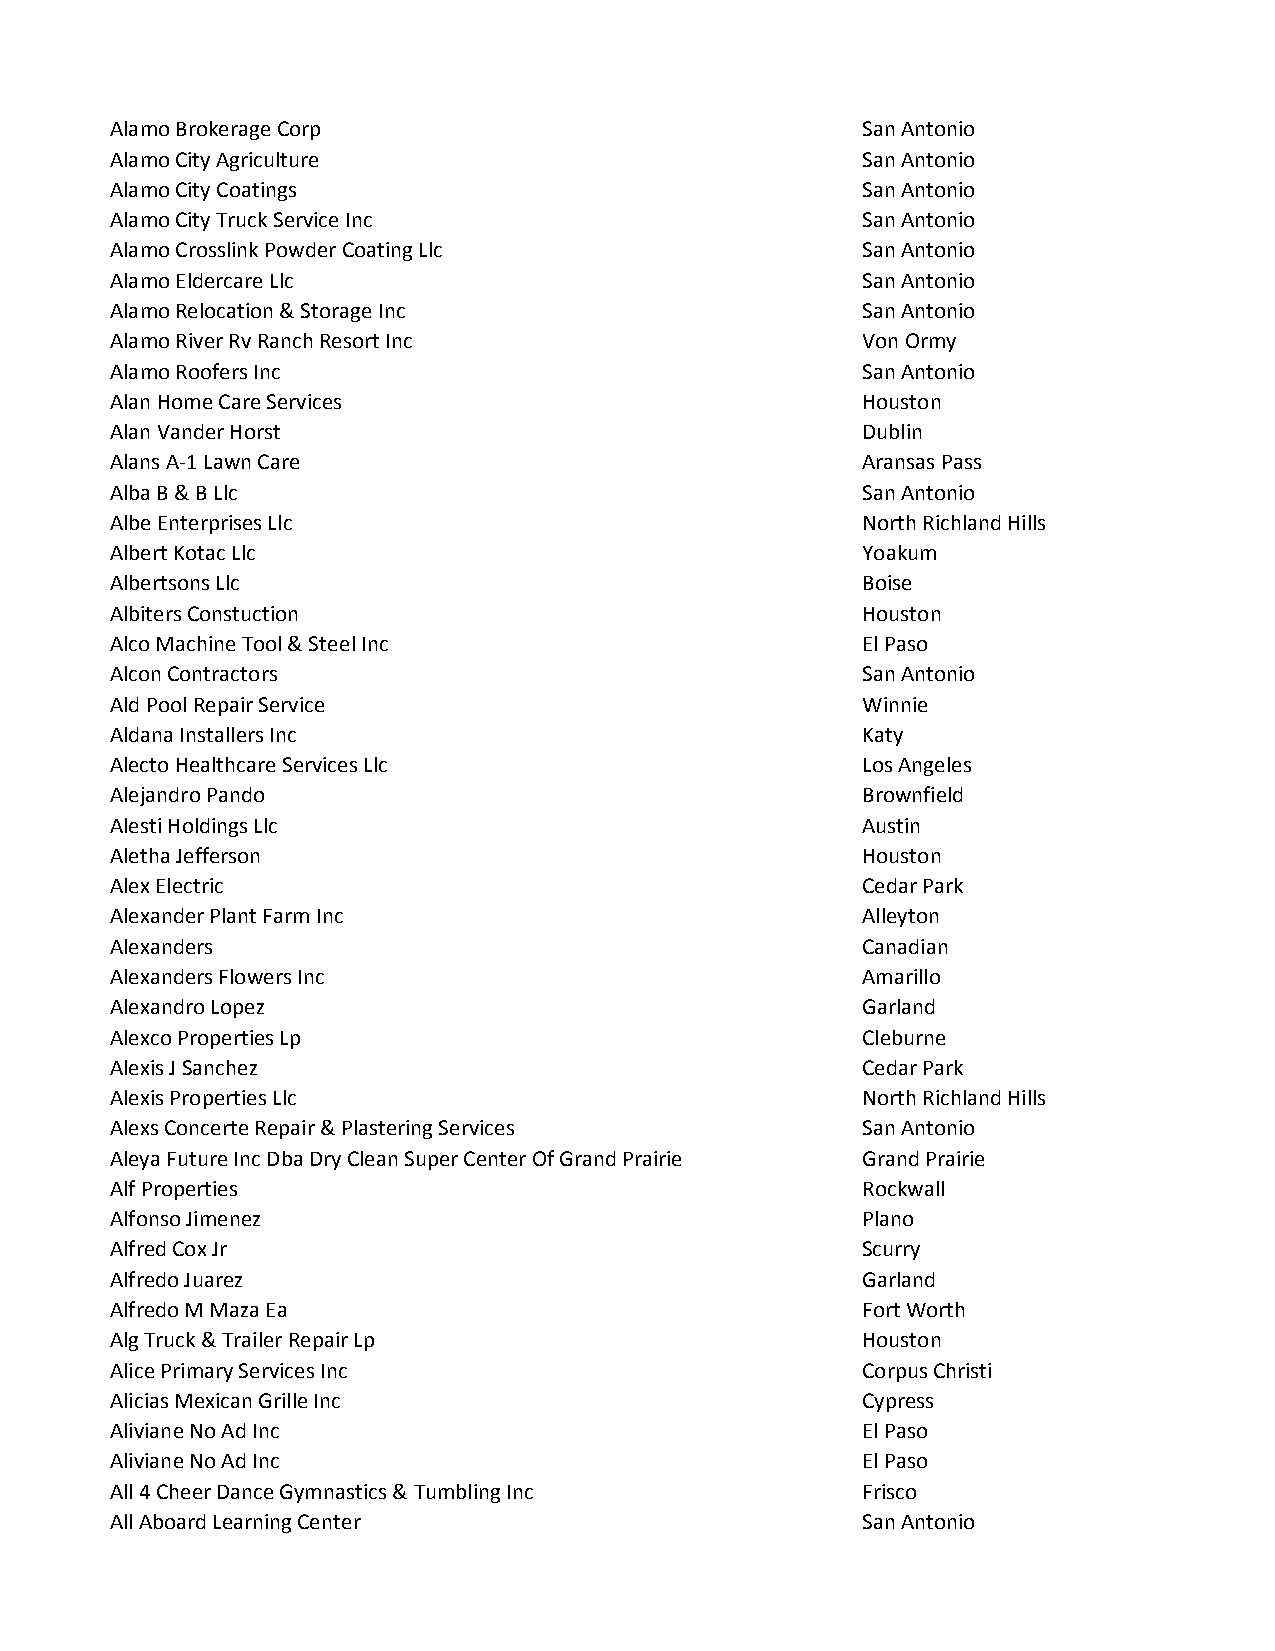
Alamo Brokerage Corp                              San Antonio
 Alamo City Agriculture                            San Antonio
 Alamo City Coatings                               San Antonio
 Alamo City Truck Service Inc                      San Antonio
 Alamo Crosslink Powder Coating Llc                San Antonio
 Alamo Eldercare Llc                               San Antonio
 Alamo Relocation & Storage Inc                    San Antonio
 Alamo River Rv Ranch Resort Inc                   Von Ormy
 Alamo Roofers Inc                                 San Antonio
 Alan Home Care Services                           Houston
 Alan Vander Horst                                 Dublin
 Alans A-1 Lawn Care                               Aransas Pass
 Alba B & B Llc                                    San Antonio
 Albe Enterprises Llc                              North Richland Hills
 Albert Kotac Llc                                  Yoakum
 Albertsons Llc                                    Boise
 Albiters Constuction                              Houston
 Alco Machine Tool & Steel Inc                     El Paso
 Alcon Contractors                                 San Antonio
 Ald Pool Repair Service                           Winnie
 Aldana Installers Inc                             Katy
 Alecto Healthcare Services Llc                    Los Angeles
 Alejandro Pando                                   Brownfield
 Alesti Holdings Llc                               Austin
 Aletha Jefferson                                  Houston
 Alex Electric                                     Cedar Park
 Alexander Plant Farm Inc                          Alleyton
 Alexanders                                        Canadian
 Alexanders Flowers Inc                            Amarillo
 Alexandro Lopez                                   Garland
 Alexco Properties Lp                              Cleburne
 Alexis J Sanchez                                  Cedar Park
 Alexis Properties Llc                             North Richland Hills
 Alexs Concerte Repair & Plastering Services       San Antonio
 Aleya Future Inc Dba Dry Clean Super Center Of Grand Prairie Grand Prairie
 Alf Properties                                    Rockwall
 Alfonso Jimenez                                   Plano
 Alfred Cox Jr                                     Scurry
 Alfredo Juarez                                    Garland
 Alfredo M Maza Ea                                 Fort Worth
 Alg Truck & Trailer Repair Lp                     Houston
 Alice Primary Services Inc                        Corpus Christi
 Alicias Mexican Grille Inc                        Cypress
 Aliviane No Ad Inc                                El Paso
 Aliviane No Ad Inc                                El Paso
 All 4 Cheer Dance Gymnastics & Tumbling Inc       Frisco
 All Aboard Learning Center                        San Antonio